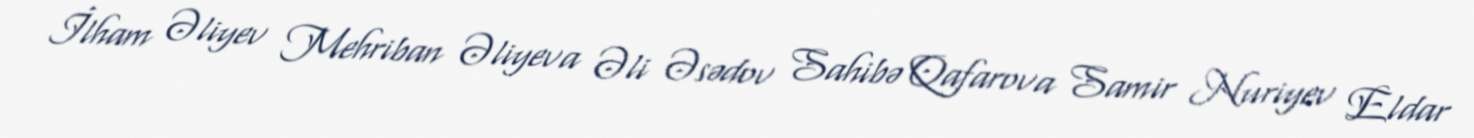
İlham Əliyev Mehriban Əliyeva Əli Əsədov Sahibə Qafarova Samir Nuriyev Eldar